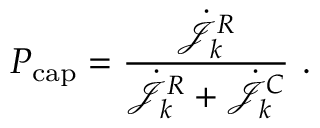
P _ { \mathrm { c a p } } = \frac { \dot { \mathcal { J } _ { k } ^ { R } } } { \dot { \mathcal { J } _ { k } ^ { R } } + \dot { \mathcal { J } _ { k } ^ { C } } } \ .